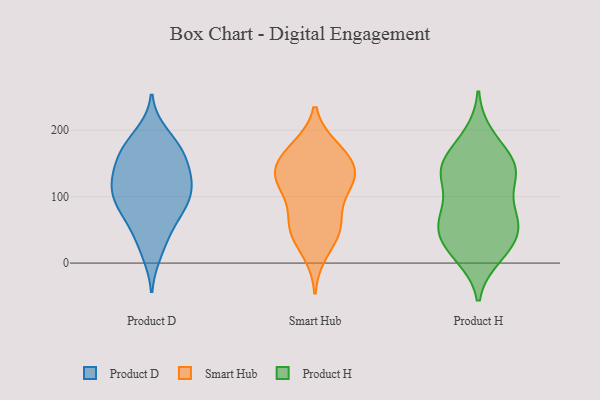
{"axis": {"x": "Bounce Rate (%)", "y": "Value"}, "legend": ["Product D", "Product H", "Smart Hub"], "data": [{"x": "", "y": 68, "type": "Product D"}, {"x": "", "y": 112, "type": "Product D"}, {"x": "", "y": 88, "type": "Product D"}, {"x": "", "y": 105, "type": "Product D"}, {"x": "", "y": 16, "type": "Product D"}, {"x": "", "y": 64, "type": "Product D"}, {"x": "", "y": 34, "type": "Product D"}, {"x": "", "y": 138, "type": "Product D"}, {"x": "", "y": 88, "type": "Product D"}, {"x": "", "y": 130, "type": "Product D"}, {"x": "", "y": 194, "type": "Product D"}, {"x": "", "y": 97, "type": "Product D"}, {"x": "", "y": 135, "type": "Product D"}, {"x": "", "y": 171, "type": "Product D"}, {"x": "", "y": 163, "type": "Product D"}, {"x": "", "y": 177, "type": "Product D"}, {"x": "", "y": 121, "type": "Product D"}, {"x": "", "y": 167, "type": "Product D"}, {"x": "", "y": 134, "type": "Smart Hub"}, {"x": "", "y": 168, "type": "Smart Hub"}, {"x": "", "y": 166, "type": "Smart Hub"}, {"x": "", "y": 16, "type": "Smart Hub"}, {"x": "", "y": 103, "type": "Smart Hub"}, {"x": "", "y": 141, "type": "Smart Hub"}, {"x": "", "y": 51, "type": "Smart Hub"}, {"x": "", "y": 119, "type": "Smart Hub"}, {"x": "", "y": 145, "type": "Smart Hub"}, {"x": "", "y": 116, "type": "Smart Hub"}, {"x": "", "y": 53, "type": "Smart Hub"}, {"x": "", "y": 58, "type": "Smart Hub"}, {"x": "", "y": 127, "type": "Smart Hub"}, {"x": "", "y": 54, "type": "Smart Hub"}, {"x": "", "y": 173, "type": "Smart Hub"}, {"x": "", "y": 70, "type": "Product H"}, {"x": "", "y": 49, "type": "Product H"}, {"x": "", "y": 10, "type": "Product H"}, {"x": "", "y": 78, "type": "Product H"}, {"x": "", "y": 144, "type": "Product H"}, {"x": "", "y": 126, "type": "Product H"}, {"x": "", "y": 19, "type": "Product H"}, {"x": "", "y": 43, "type": "Product H"}, {"x": "", "y": 79, "type": "Product H"}, {"x": "", "y": 139, "type": "Product H"}, {"x": "", "y": 153, "type": "Product H"}, {"x": "", "y": 135, "type": "Product H"}, {"x": "", "y": 135, "type": "Product H"}, {"x": "", "y": 178, "type": "Product H"}, {"x": "", "y": 73, "type": "Product H"}, {"x": "", "y": 52, "type": "Product H"}, {"x": "", "y": 14, "type": "Product H"}, {"x": "", "y": 192, "type": "Product H"}, {"x": "", "y": 38, "type": "Product H"}, {"x": "", "y": 142, "type": "Product H"}]}